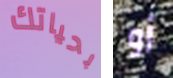
بحياتك أو